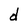
Character: d